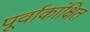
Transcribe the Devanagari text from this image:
पूर्वाकांक्षित